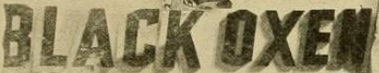
BLACK OXEN